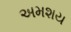
અમશય